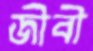
জীবী